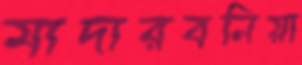
মাদারবনিয়া